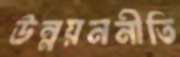
উন্নয়ননীতি